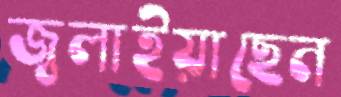
জ্বলাইয়াছেন